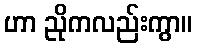
ဟာ ညိုကလည်းကွာ။